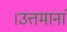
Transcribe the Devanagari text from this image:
।उत्तमानां